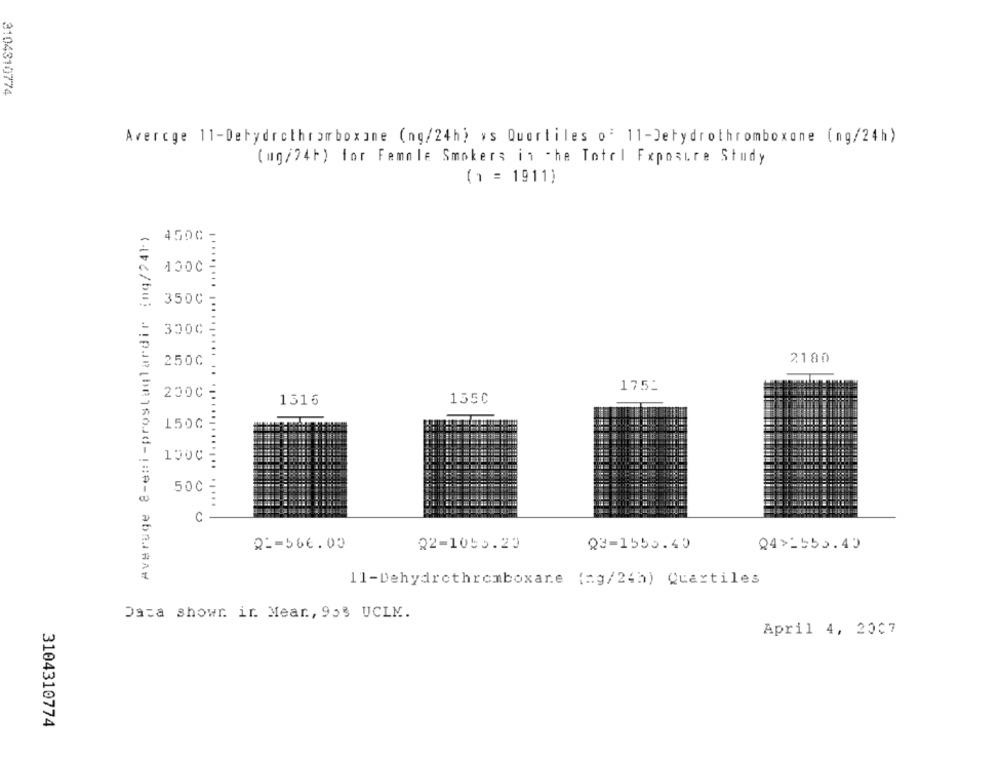
3104310774
Avercge 11-Dehydrothromboxane (ng/24h) vs Quartiles o' 11-Detydrothromboxone (ng/24h)
(mg/24h) for Female Smokers in the Totel Fxposure Study
( ) = 1911)
Averuge 8-eni-prostaglardir (ng/241)
4500-
1000
3500 -
3000
2180
250C
......... .......... ..
175:
2000 =
1316
1550
150G
1500
......
50℃
C-
21-566.00
22-1055.20
Q3-1550.40
24>1555.40
11-Dehydrothromboxane (=g/24h) Cuartiles
Data showr ir. Mear, 953 UCLM.
April 4, 2007
3104310774